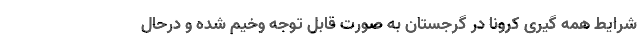
شرایط همه گیری کرونا در گرجستان به صورت قابل توجه وخیم شده و درحال